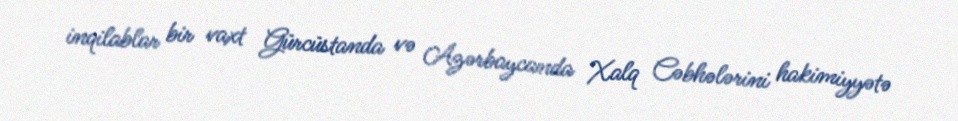
inqilablar bir vaxt Gürcüstanda və Azərbaycanda Xalq Cəbhələrini hakimiyyətə